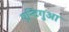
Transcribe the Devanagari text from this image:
एन्टिगुआ